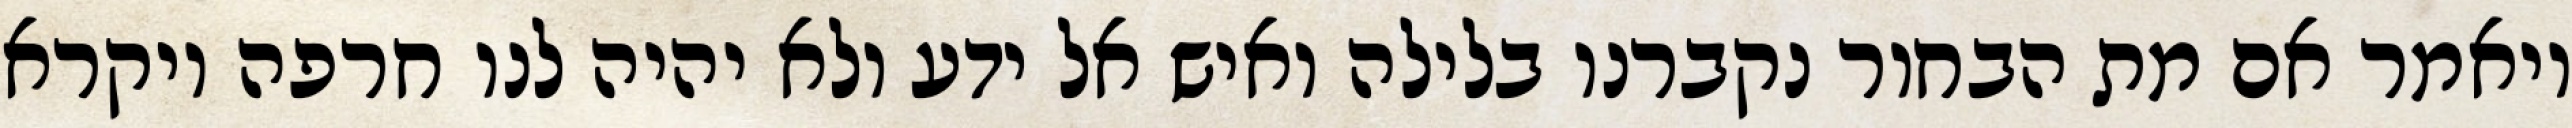
ויאמר אם מת הבחור נקברנו בלילה ואיש אל ידע ולא יהיה לנו חרפה ויקרא